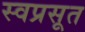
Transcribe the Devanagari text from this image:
स्वप्रसूत